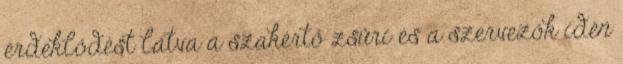
érdeklődést látva a szakértő zsűri és a szervezők idén